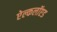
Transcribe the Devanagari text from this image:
ऐल्कलॉएड